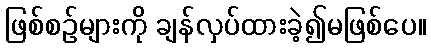
ဖြစ်စဉ်များကို ချန်လှပ်ထားခဲ့၍မဖြစ်ပေ။